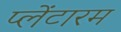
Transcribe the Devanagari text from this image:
प्लेंटारम